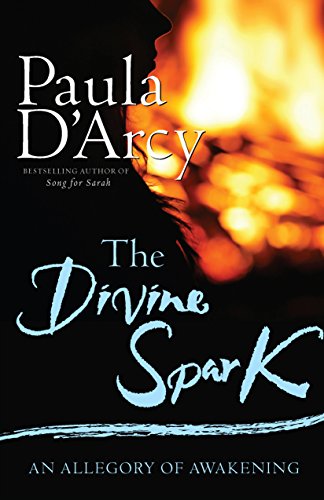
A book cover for The Divine Spark; Paula D'Arcy; Christian Books & Bibles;